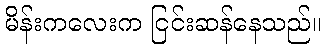
မိန်းကလေးက ငြင်းဆန်နေသည်။